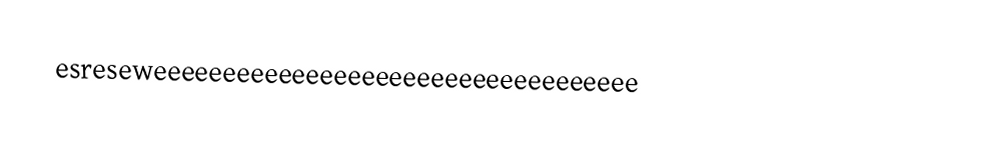
esreseweeeeeeeeeeeeeeeeeeeeeeeeeeeeeeeeeee